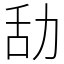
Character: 㔚